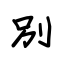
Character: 別